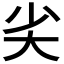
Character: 𡭟